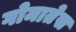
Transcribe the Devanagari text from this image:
गोमातेस